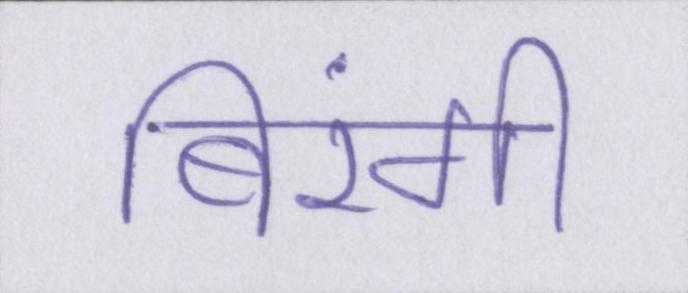
बिरंगी